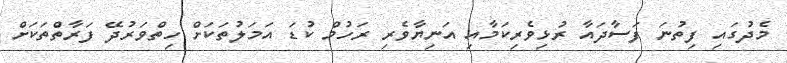
މެދުގައި ފިތުނަ ފަސާދައާ ރުޅިވެރިކަމާއި އަނިޔާވެރި ރަހުމް ކުޑަ އަމަލުތަކަށް ހިތްވަރުދޭ ފަރާތްތަކަށް